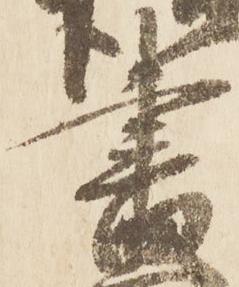
昼